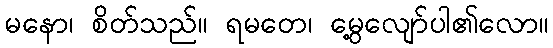
မနော၊ စိတ်သည်။ ရမတေ၊ မွေ့လျော်ပါ၏လော။